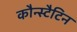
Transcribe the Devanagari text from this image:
कौन्स्टैटिन